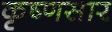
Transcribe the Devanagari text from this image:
कृष्णसार